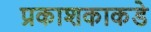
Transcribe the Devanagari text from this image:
प्रकाशकाकडे